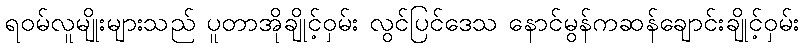
ရဝမ်လူမျိုးများသည် ပူတာအိုချိုင့်ဝှမ်း လွင်ပြင်ဒေသ နောင်မွန်ကဆန်ချောင်းချိုင့်ဝှမ်း